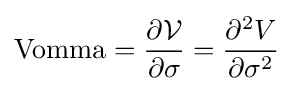
{\text{Vomma}}={\frac {\partial {\mathcal {V}}}{\partial \sigma }}={\frac {\partial ^{2}V}{\partial \sigma ^{2}}}